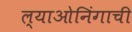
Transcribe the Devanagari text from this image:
ल्याओनिंगाची